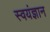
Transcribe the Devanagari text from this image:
स्वयंज्ञान